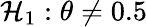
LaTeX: \textstyle\mathcal{H}_{1}:\theta\neq0.5